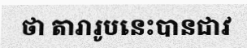
ថា តារារូបនេះបានជាវ